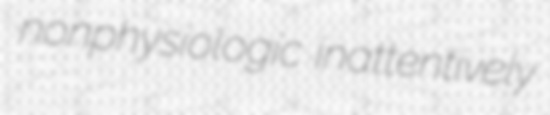
nonphysiologic inattentively